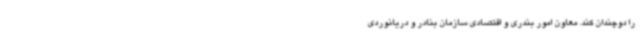
را دوچندان کند. معاون امور بندری و اقتصادی سازمان بنادر و دریانوردی